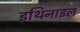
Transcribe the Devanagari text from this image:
इथिनाइल